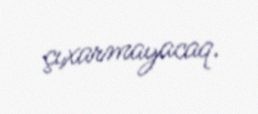
çıxarmayacaq.